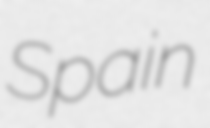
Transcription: Spain